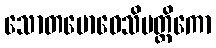
သောတမောဓေသိမတ္ထိကော